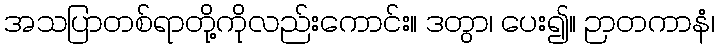
အသပြာတစ်ရာတို့ကိုလည်းကောင်း။ ဒတွာ၊ ပေး၍။ ဉာတကာနံ၊